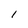
Character: I